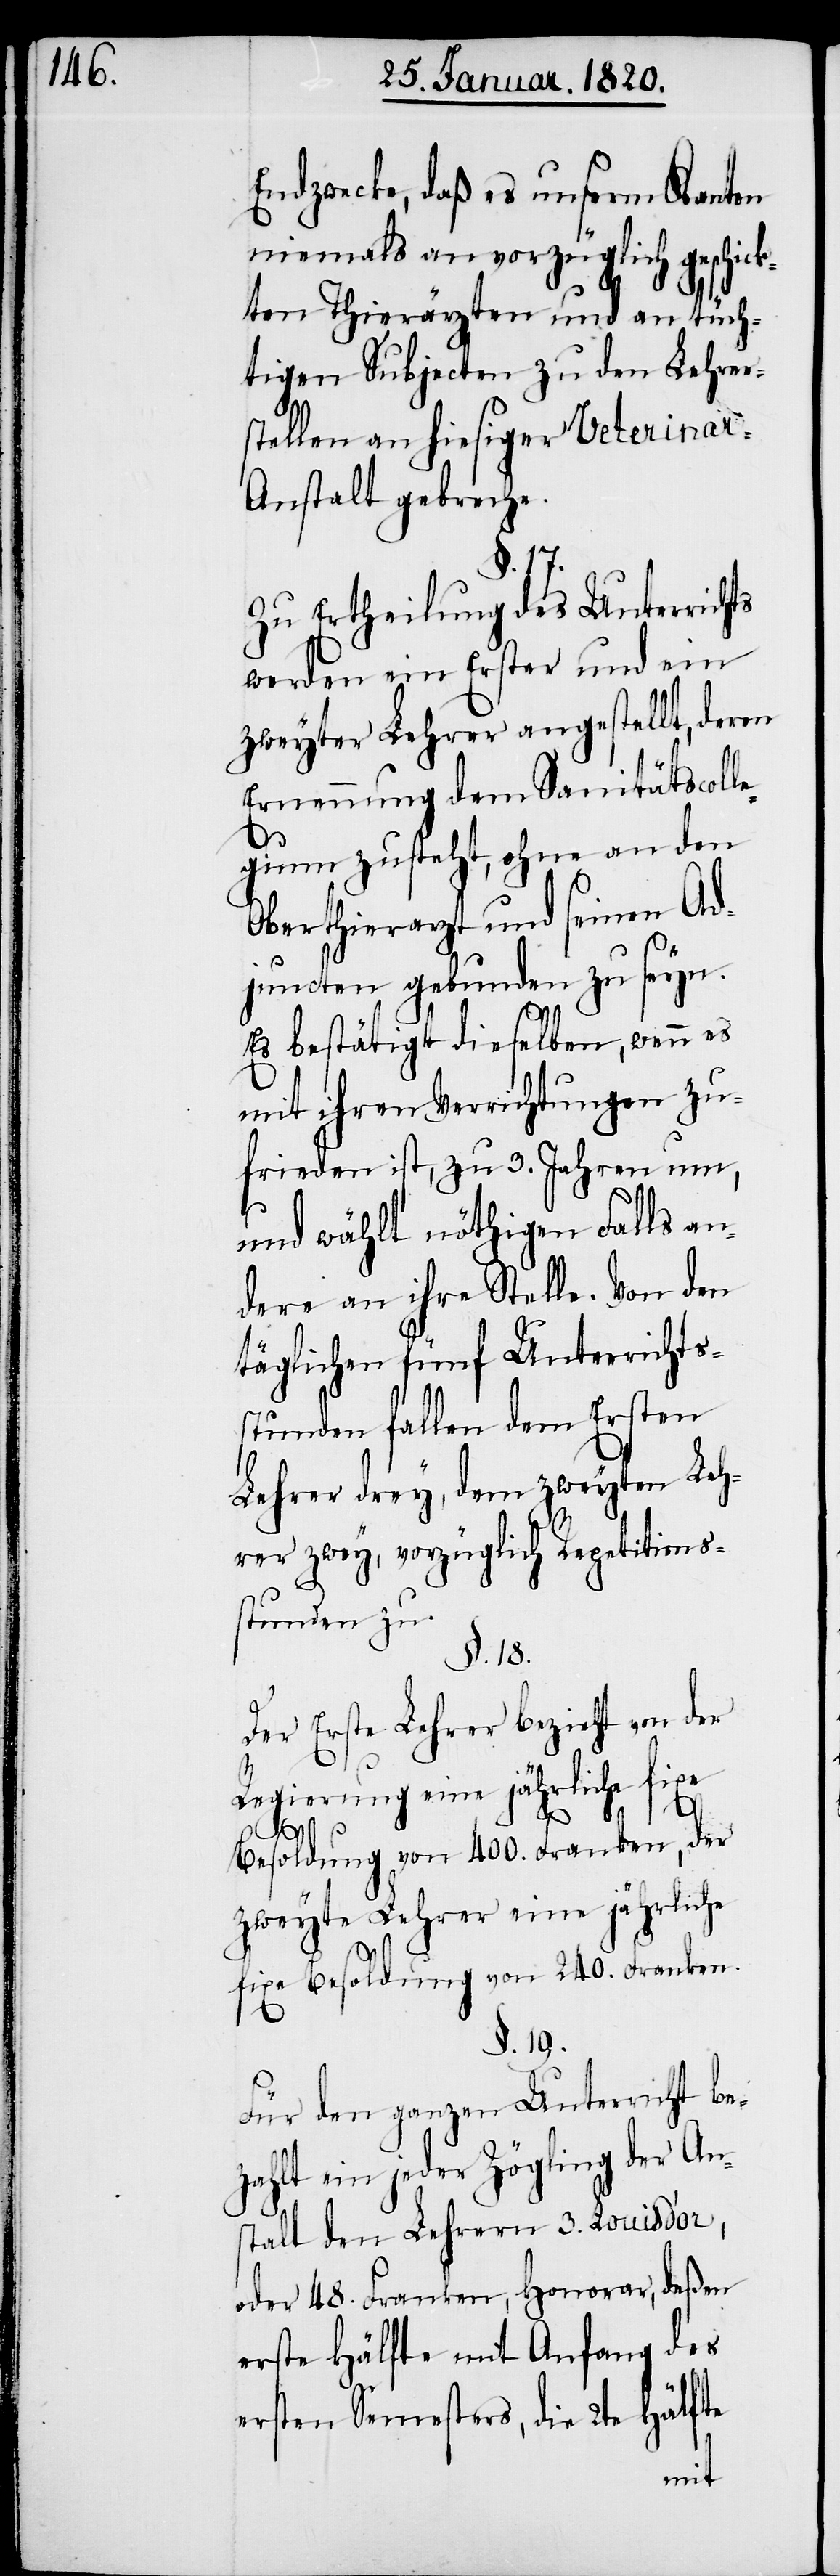
Endzwecke, daß es unserm Kanton
niemals an vorzüglich geschic¬
kten Thierärzten und an tüch¬
tigen Sujecten zu den Lehrer¬
stellen an hiesiger Veterinar-A¬
nstalt gebreche.
§. 17.
Zu Ertheilung des Unterrichts
werden ein Erster und ein
zweyter Lehrer angestellt, deren
Ernennung dem Sanitätscoll¬
egium zusteht, ohne an den
Oberthierarzt und seinen Ad¬
juncten gebunden zu seyn.
Es bestätigt dieselben, wenn es
mit ihren Verrichtungen zu¬
frieden ist, zu 3. Jahren um,
und wählt nöthigen Falls an¬
dere an ihre Stelle. Von den
täglichen fünf Unterrichts¬
stunden fallen dem Ersten
Lehrer drey, dem zweyten Leh¬
rer zwey, vorzüglich Repetitions¬
stunden zu.
§. 18.
Der Erste Lehrer bezieht von der
Regierung eine jährliche fixe
Besoldung von 400. Franken, der
zweyte Lehrer eine jährliche
fixe Besoldung von 240. Franken.
§. 19.
Für den ganzen Unterricht be¬
zahlt ein jeder Zögling der An¬
stalt den Lehrern 3. Loiusd’or,
oder 48. Franken, Honorar, deßen
erste Hälfte mit Anfang des
ersten Semesters, die 2te Hälfte